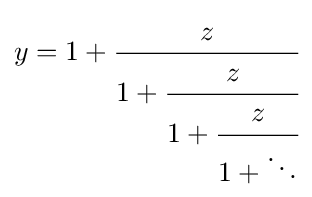
y=1+{\cfrac {z}{1+{\cfrac {z}{1+{\cfrac {z}{1+\ddots }}}}}}